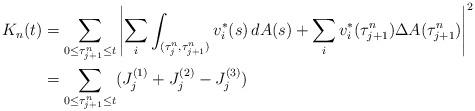
LaTeX: \begin{align*} K_n(t) & = \sum_{0\leq \tau^n_{j+1} \leq t} \left|\sum_i\int_{(\tau^n_j, \tau^n_{j+1})} v_i^{\ast}(s)\,dA(s) + \sum_iv_i^{\ast}(\tau^n_{j+1}) \Delta A(\tau^n_{j+1})\right|^2\\& = \sum_{0\leq \tau^n_{j+1} \leq t} (J^{(1)}_j+J^{(2)}_j-J^{(3)}_j)\end{align*}